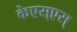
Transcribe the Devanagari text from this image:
केएस्‌एस्‌